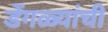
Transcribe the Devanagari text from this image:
डेंगळ्यांची